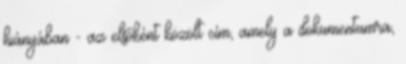
hiányában - az elsőként közölt cím, amely a dokumentumra,